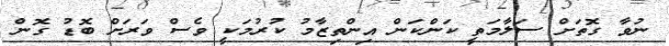
ނުވާ ގޮތަށް ސަލާމަތީ ކަންކަން އިންތިޒާމު ކުރުމަކީ ވެސް ވަރަށް ބޮޑު ގޮން